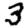
Digit: 3